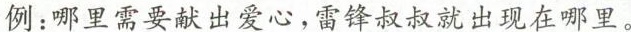
例：哪里需要献出爱心，雷锋叔叔就出现在哪里。